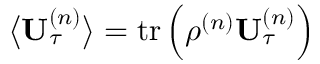
\big \langle \mathbf { U } _ { \tau } ^ { \left( n \right) } \big \rangle = \operatorname { t r } \left( \rho ^ { \left( n \right) } \mathbf { U } _ { \tau } ^ { \left( n \right) } \right)